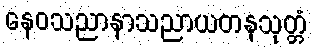
နေဝသညာနာသညာယတနသုတ္တံ